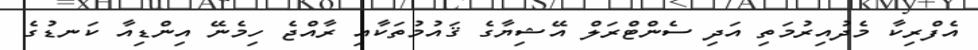
އެފްރިކާ މެދުއިރުމަތި އަދި ސެންޓްރަލް އޭޝިޔާގެ ޤައުމުތަކާއި ރާއްޖެ ހިމެނޭ އިންޑިއާ ކަނޑުގެ